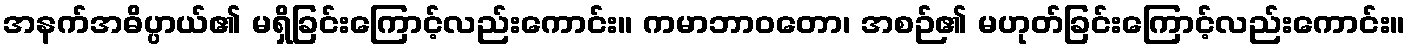
အနက်အဓိပ္ပာယ်၏ မရှိခြင်းကြောင့်လည်းကောင်း။ ကမာဘာဝတော၊ အစဉ်၏ မဟုတ်ခြင်းကြောင့်လည်းကောင်း။